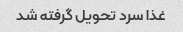
غذا سرد تحویل گرفته شد